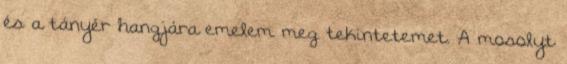
és a tányér hangjára emelem meg tekintetemet. A mosolyt